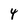
Character: 4